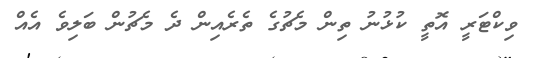
ވިކްޓަރީ އޮތީ ކުޅުނު ތިން މެޗުގެ ތެރެއިން ދެ މެޗުން ބަލިވެ އެއް